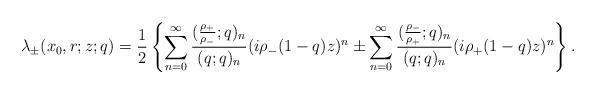
LaTeX: \begin{align*}\lambda_\pm(x_0,r;z;q)=\frac{1}{2}\left\{\sum^\infty_{n=0}\frac{(\frac{\rho_+}{\rho_-};q)_n}{(q;q)_n}(i\rho_-(1-q)z)^n\pm\sum^\infty_{n=0}\frac{(\frac{\rho_-}{\rho_+};q)_n}{(q;q)_n}(i\rho_+(1-q)z)^n\right\}.\end{align*}